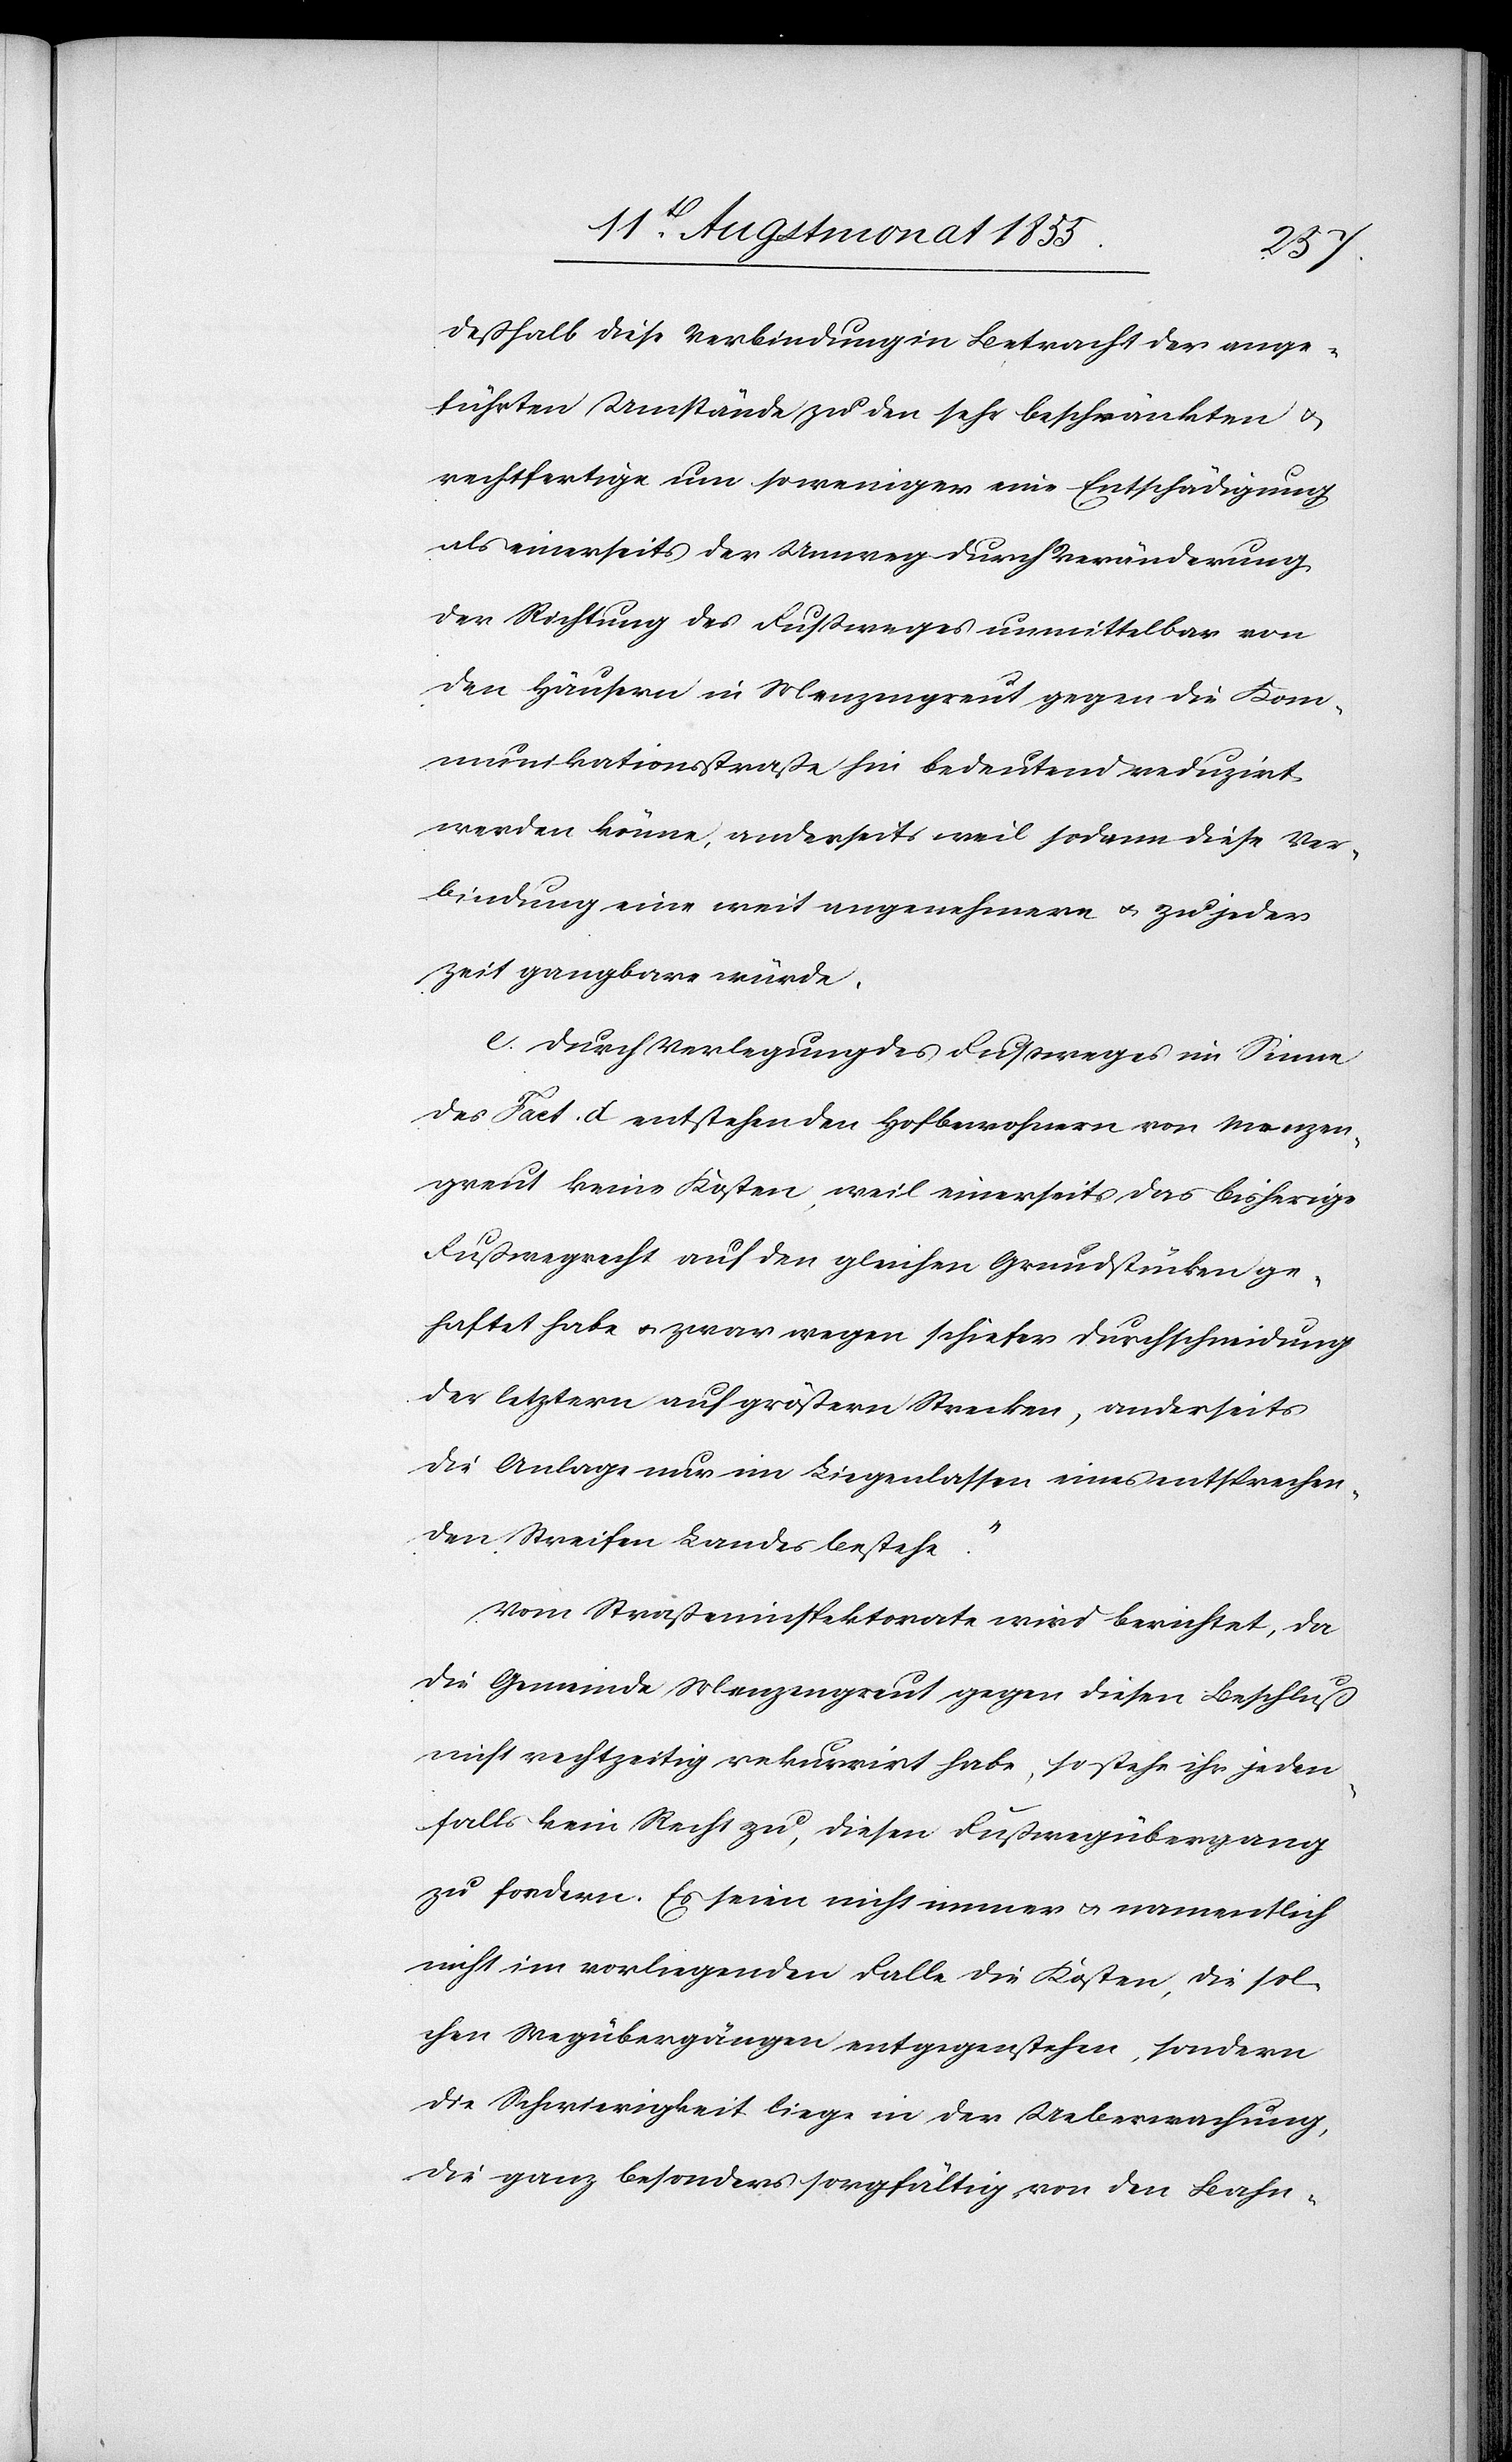
deßhalb diese Verbindung in Betracht der ange¬
führten Umstände zu den sehr beschränkten &
rechtfertige um so weniger eine Entschädigung
als einerseits der Umweg durch Veränderung
der Richtung des Fussweges unmittelbar von
den Häusern in Menzengreut gegen die Kom¬
munikationsstraße hin bedeutend reduzirt
werden könne, anderseits weil sodann diese Ver¬
bindung eine weit angenehmere & zu jeder
Zeit gangbare würde.
e. Durch Verlegung des Fussweges im Sinne
des Fact. d entstehen den Hofbewohnern von Menzen¬
greut keine Kosten, weil einerseits das bisherige
Fußwegrecht auf den gleichen Grundstücken ge¬
haftet habe & zwar wegen schiefer Durchschneidung
der letztern auf größern Strecken, anderseits
die Anlage nur im Liegenlassen eines entsprechen¬
den Streifen Landes bestehe.“
Vom Straßeninspektorate wird berichtet, da
die Gemeinde Menzengreut gegen diesen Beschluß
nicht rechtzeitig rekurrirt habe, so stehe ihr jeden¬
falls kein Recht zu, diesen Fußwegübergang
zu fordern. Es seien nicht immer & namentlich
nicht im vorliegenden Falle die Kosten, die sol¬
chen Wegübergängen entgegenstehen, sondern
die Schwierigkeit liege in der Ueberwachung,
die ganz besonders sorgfältig von den Bahn-